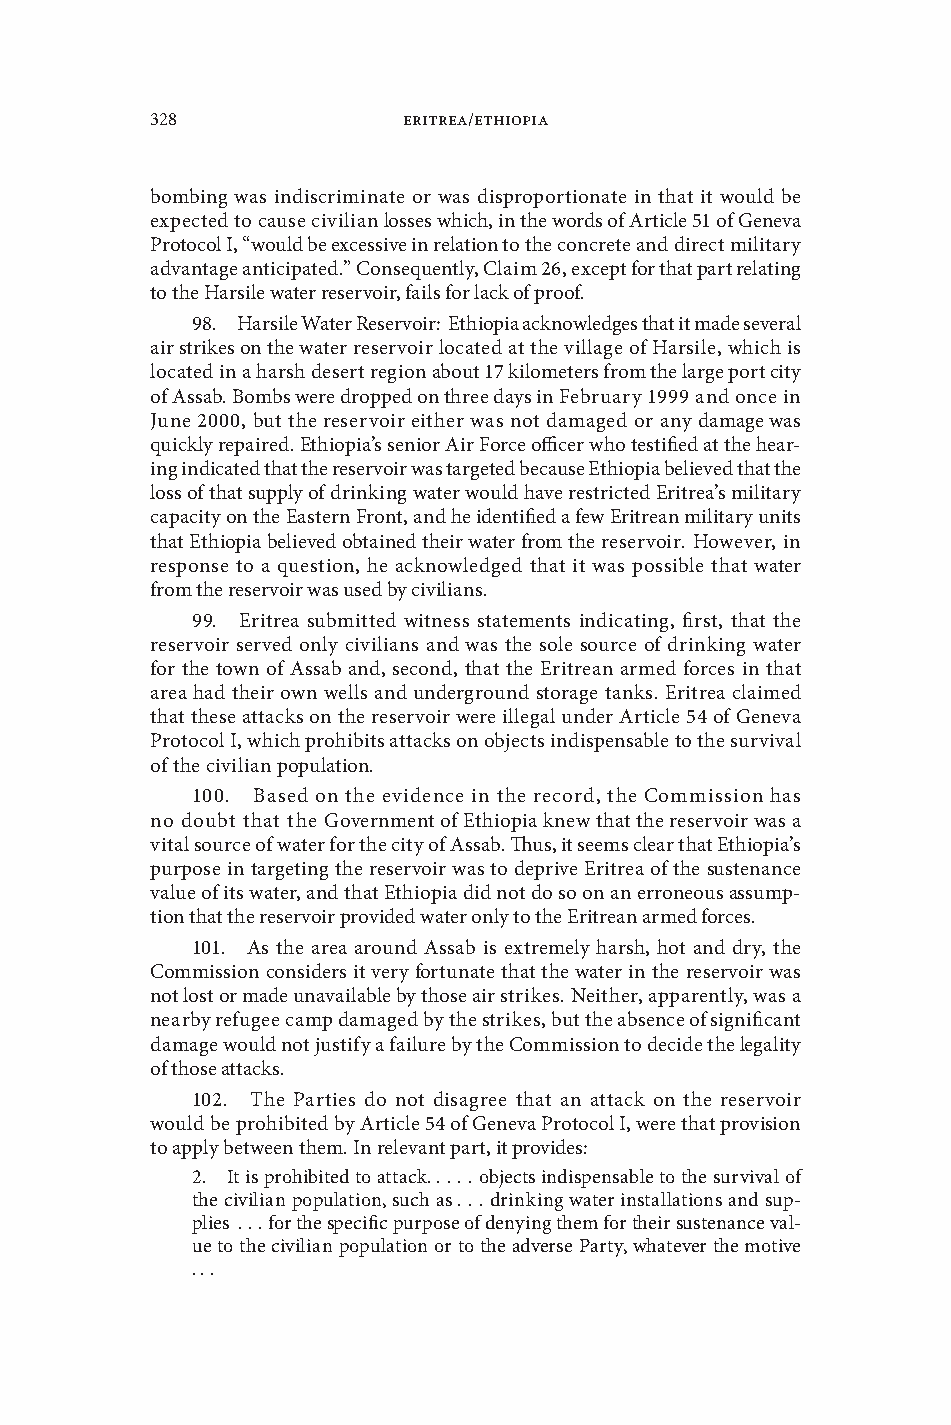
328              Eritrea/Ethiopia
 bombing was indiscriminate or was disproportionate in that it would be
 expected to cause ciilian losses which, in the words of Article 51 of Genea
 Protocol I, “would be excessie in relation to the concrete and direct military
 adantage anticipated .” Consequently, Claim 26, except for that part relating
 to the Harsile water reseroir, fails for lack of proof .
 98 . Harsile Water Reseroir: Ethiopia acknowledges that it made seeral
 air strikes on the water reseroir located at the illage of Harsile, which is
 located in a harsh desert region about 17 kilometers from the large port city
 of Assab . Bombs were dropped on three days in February 1999 and once in
 June 2000, but the reseroir either was not damaged or any damage was
 quickly repaired . Ethiopia’s senior Air Force officer who testified at the hear-
 ing indicated that the reseroir was targeted because Ethiopia belieed that the
 loss of that supply of drinking water would hae restricted Eritrea’s military
 capacity on the Eastern Front, and he identified a few Eritrean military units
 that Ethiopia belieed obtained their water from the reseroir . Howeer, in
 response to a question, he acknowledged that it was possible that water
 from the reseroir was used by ciilians .
 99 . Eritrea submitted witness statements indicating, first, that the
 reseroir sered only ciilians and was the sole source of drinking water
 for the town of Assab and, second, that the Eritrean armed forces in that
 area had their own wells and underground storage tanks . Eritrea claimed
 that these attacks on the reseroir were illegal under Article 54 of Genea
 Protocol I, which prohibits attacks on objects indispensable to the surial
 of the ciilian population .
 100 . Based on the eidence in the record, the Commission has
 no doubt that the Goernment of Ethiopia knew that the reseroir was a
 ital source of water for the city of Assab . Thus, it seems clear that Ethiopia’s
 purpose in targeting the reseroir was to deprie Eritrea of the sustenance
 alue of its water, and that Ethiopia did not do so on an erroneous assump-
 tion that the reseroir proided water only to the Eritrean armed forces .
 101 . As the area around Assab is extremely harsh, hot and dry, the
 Commission considers it ery fortunate that the water in the reseroir was
 not lost or made unaailable by those air strikes . Neither, apparently, was a
 nearby refugee camp damaged by the strikes, but the absence of significant
 damage would not justify a failure by the Commission to decide the legality
 of those attacks .
 102 . The Parties do not disagree that an attack on the reseroir
 would be prohibited by Article 54 of Genea Protocol I, were that proision
 to apply between them . In releant part, it proides:
 2 . It is prohibited to attack .  .  .  .  . objects indispensable to the surial of
 the ciilian population, such as  .  .  . drinking water installations and sup-
 plies  .  .  . for the specific purpose of denying them for their sustenance al-
 ue to the ciilian population or to the aderse Party, whateer the motie
 .  .  .